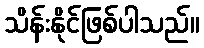
သိန်းနိုင်ဖြစ်ပါသည်။